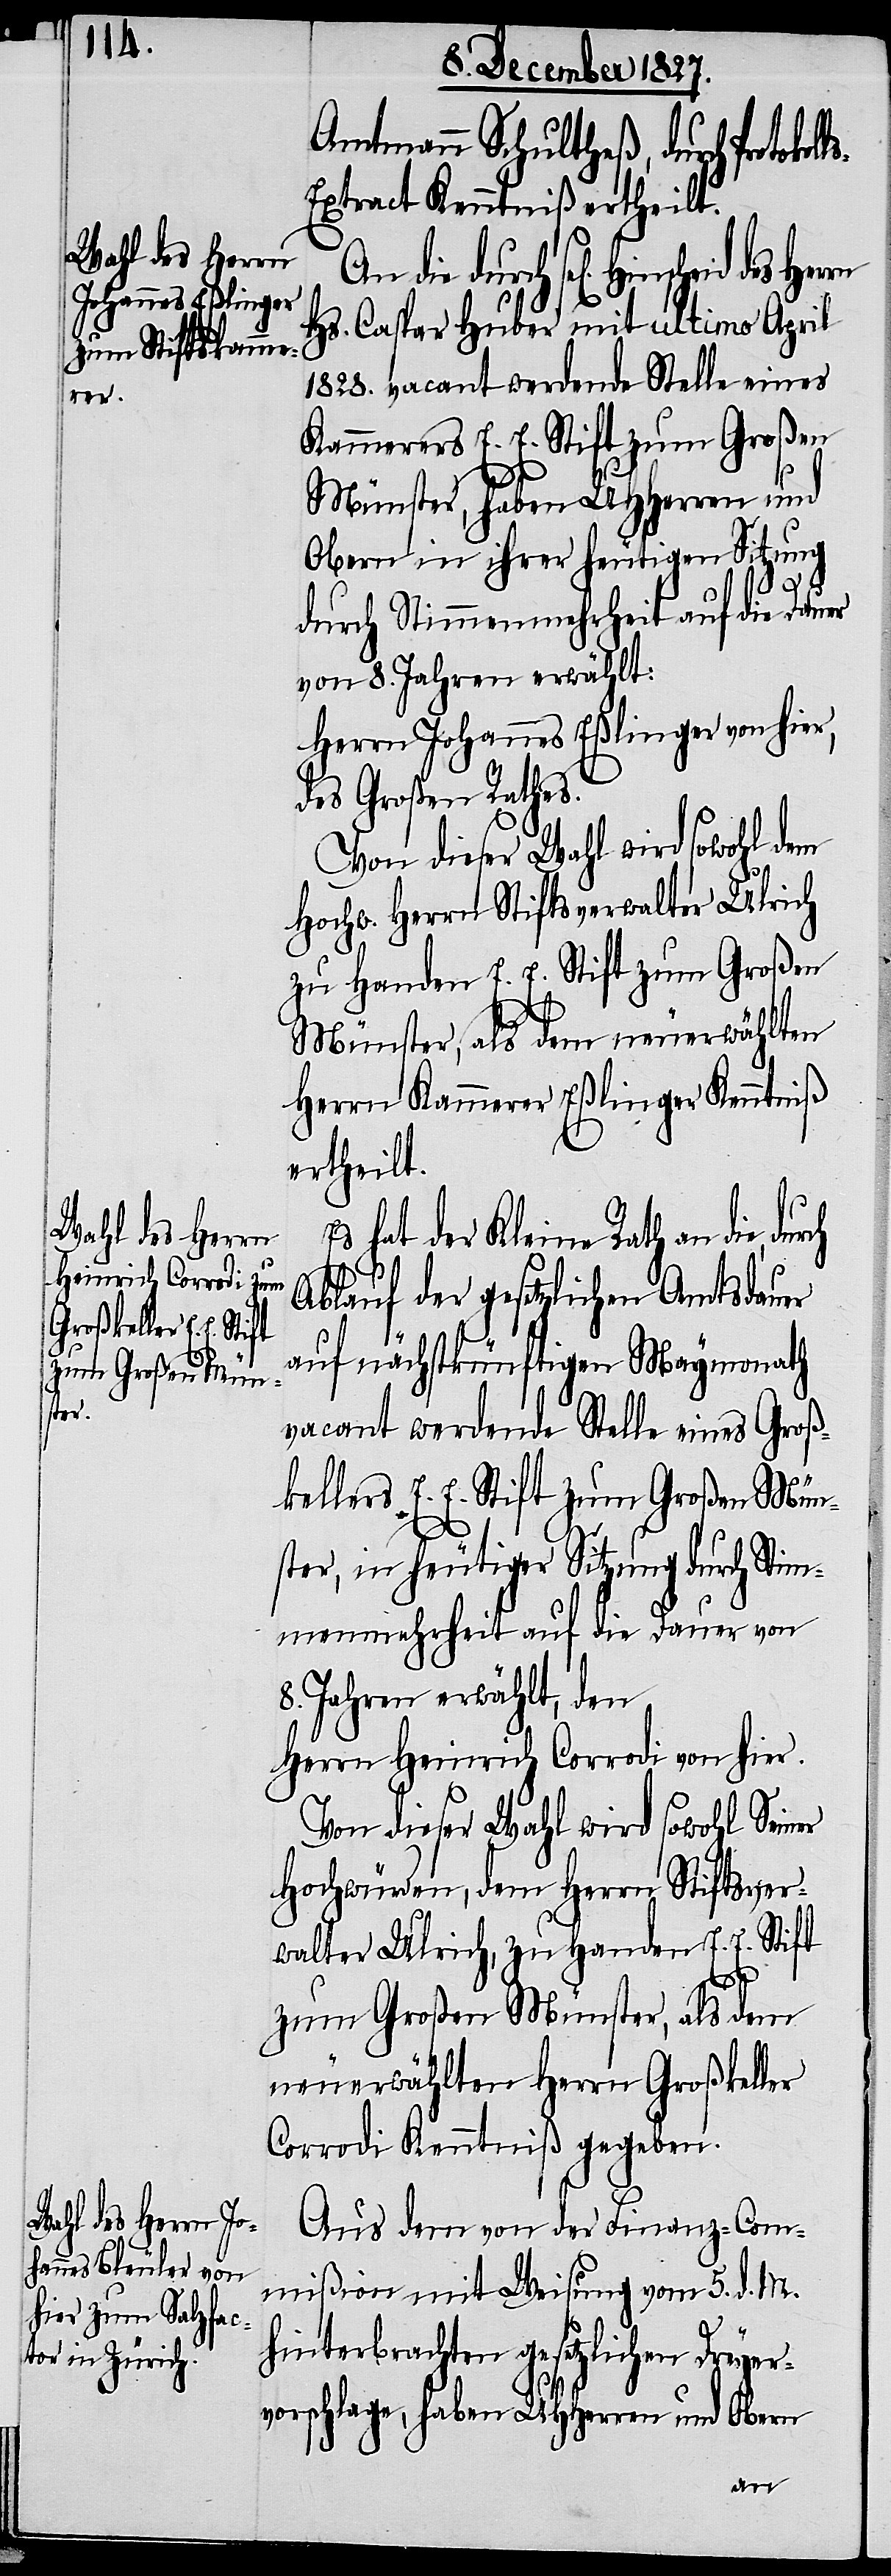
Amtmann Schultheß, durch Protokol¬
xtract Kenntniß ertheilt.
scheid des Herrn
An die durch sel[igen] Hin¬
Caspar Huber mit ultimo April
Hs.
1828. vacant werdende Stelle eines
Kammerers E. E. Stift zum Großen
Münster, haben UHHerren und
Obern in ihrer heutigen Sitzung
l¬
durch Stimmenmehrheit auf die Dauer
von 8. Jahren erwählt:
Herrn Johannes Eßlinger von hier,
des Großen Rathes.
Von dieser Wahl wird sowohl dem
Hochw. Herrn Stiftsverwalter Ulrich
zu Handen E. E. Stift zum Großen
Münster, als dem neuerwählten
Herrn Kammerer Eßlinger Kenntniß
ertheilt.
Es hat der Kleine Rath an die,
Ablauf der gesetzlichen Amtsdauer
auf nächstkünftigen Maymonath
vacant werdende Stelle eines Groß¬
kellers E. E. Stift zum Großen Mün¬
ster, in heutiger Sitzung durch Stim¬
menmehrheit auf die Dauer von
8. Jahren erwählt, den
Herrn Heinrich Corrodi von hier.
Von dieser Wahl wird sowohl Seiner
Hochwürden, dem Herrn Stiftsver¬
walter Ulrich, zu Handen E. E. Stift
s-E¬
zum Großen Münster, als dem
neuerwählten Herrn Großkeller
Corrrodi, Kenntniß gegeben.
Aus dem von der Finanz-Com¬
mißion mit Weisung vom 5. d. M.
hinterbrachten gesetzlichen Dreyer¬
vorschlage, haben UHHerren und Obern